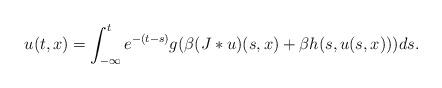
LaTeX: \begin{align*}u(t,x)=\int_{-\infty}^{t}e^{-(t-s)}g(\beta(J*u)(s,x)+\beta h(s,u(s,x)))ds.\end{align*}